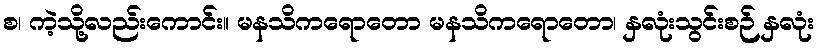
စ၊ ကဲ့သို့လည်းကောင်း။ မနသိကရောတော မနသိကရောတော၊ နှလုံးသွင်းစဉ် နှလုံး